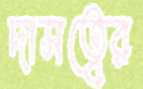
দাসত্বের